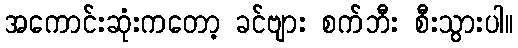
အကောင်းဆုံးကတော့ ခင်ဗျား စက်ဘီး စီးသွားပါ။